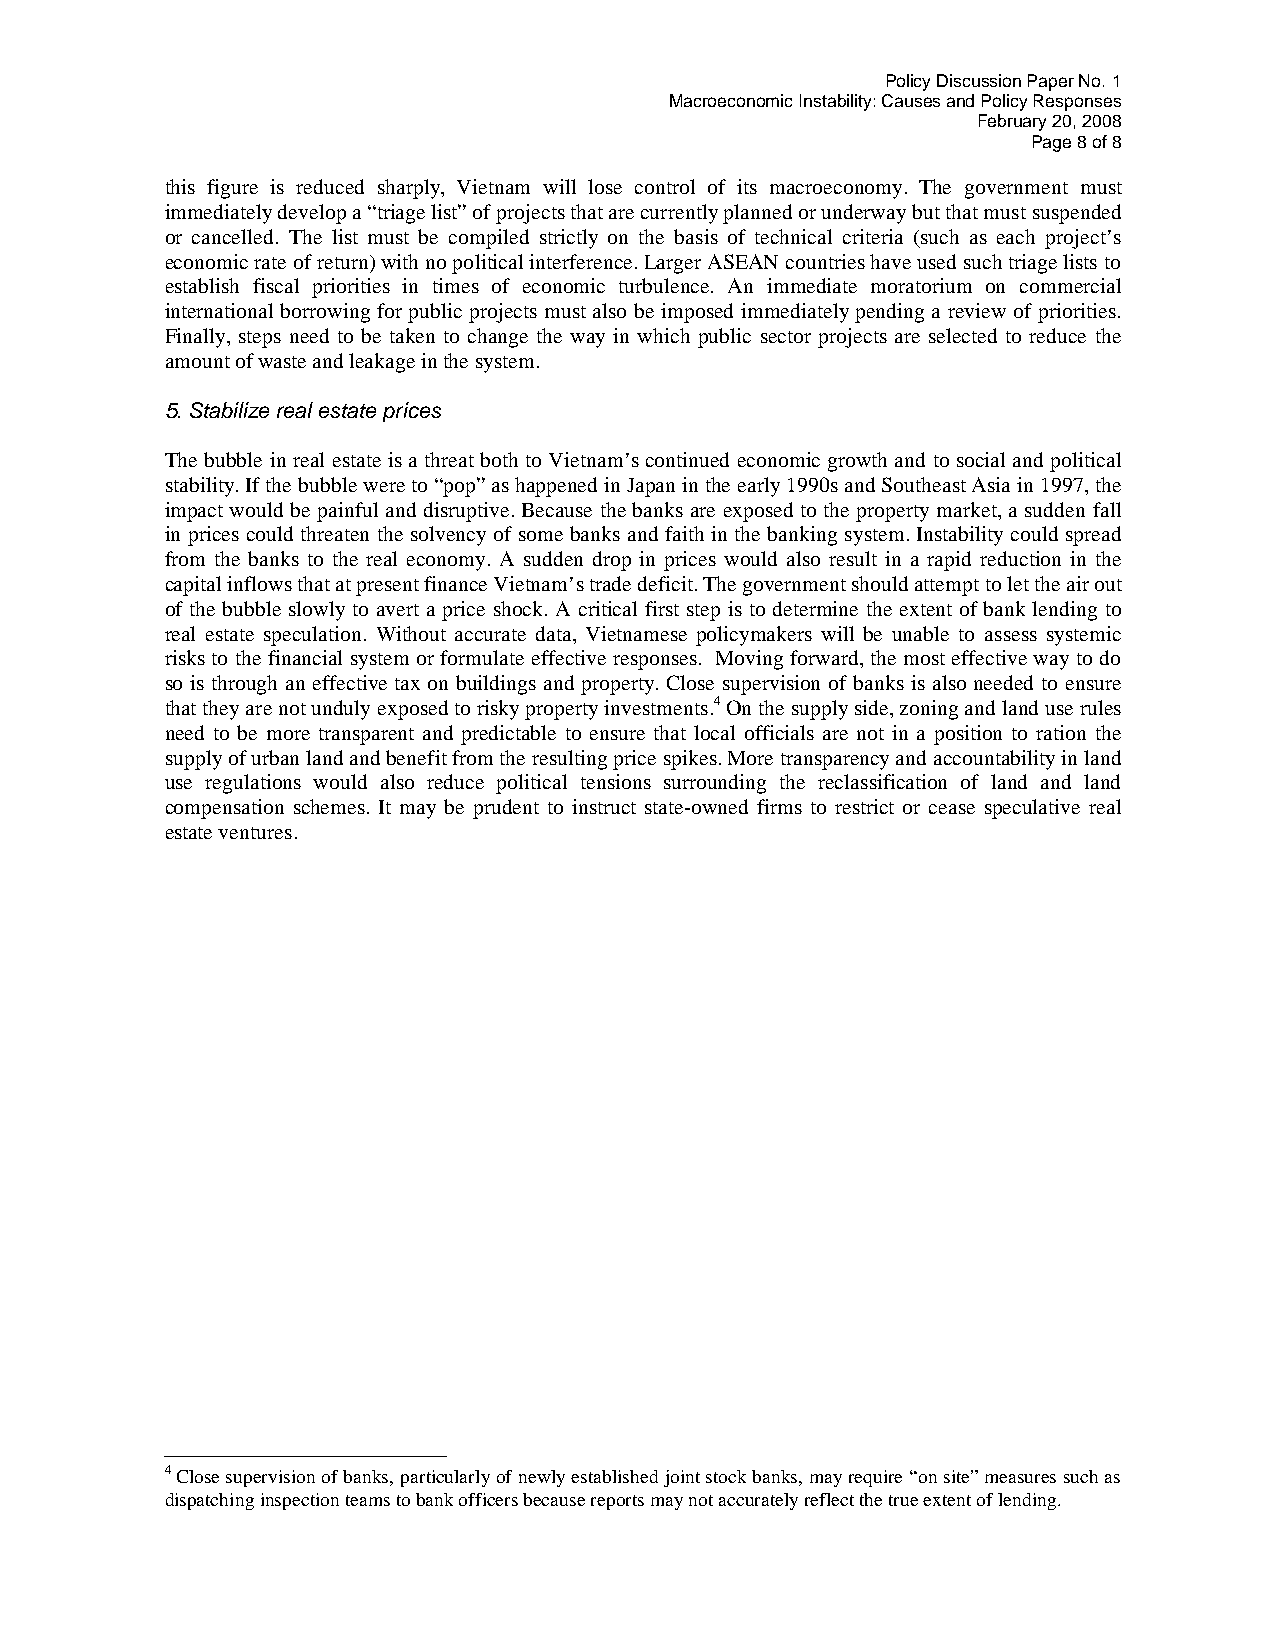
Policy Discussion Paper No. 1
 Macroeconomic Instability: Causes and Policy Responses
 February 20, 2008
 Page 8of 8
 this figure is reduced sharply, Vietnam will lose control of its macroeconomy. The government must
 immediately develop a “triage list” of projects thatare currently planned or underway but that must suspended
 or cancelled. The list must be compiled strictly on the basis of technical criteria (such as each project’s
 economicrate of return) with no political interference. Larger ASEAN countries have used suchtriage liststo
 establish fiscal priorities in times of economic turbulence. An immediate moratorium on commercial
 international borrowing for public projects must also be imposed immediately pending a review of priorities.
 Finally, steps need to be taken to change the way in which public sector projects are selected to reduce the
 amount of waste and leakage in the system.
 5. Stabilize real estate prices
 The bubble in real estate is a threat both to Vietnam’s continued economic growth and to social and political
 stability. If the bubble were to “pop” as happened in Japan in the early 1990s and Southeast Asia in 1997, the
 impact would be painful and disruptive. Because the banks are exposed to the property market, a sudden fall
 in prices could threaten the solvency of some banks and faith in the banking system. Instability could spread
 from the banks to the real economy. A sudden drop in prices would also result in a rapid reduction in the
 capital inflows that at present finance Vietnam’s trade deficit. Thegovernment should attempt to let the air out
 of the bubble slowly to avert a price shock. A critical first step is to determine the extent of bank lending to
 real estate speculation. Without accurate data, Vietnamese policymakers will be unable to assess systemic
 risks to the financial system or formulate effective responses. Moving forward, the most effective way to do
 so is through an effective tax on buildings and property. Close supervision of banks is also needed to ensure
 that they are not unduly exposed to risky property investments.4On the supply side, zoning and land use rules
 need to be more transparent and predictable to ensure that local officials are not in a position to ration the
 supply of urban land and benefit from the resulting price spikes. More transparency and accountability in land
 use regulations would also reduce political tensions surrounding the reclassification of land and land
 compensation schemes. It may be prudent to instruct state-owned firms to restrict or cease speculative real
 estate ventures.
 4Close supervision of banks, particularly of newly established joint stock banks, may require “on site” measures such as
 dispatching inspection teams to bank officers because reports may not accurately reflect the true extent of lending.